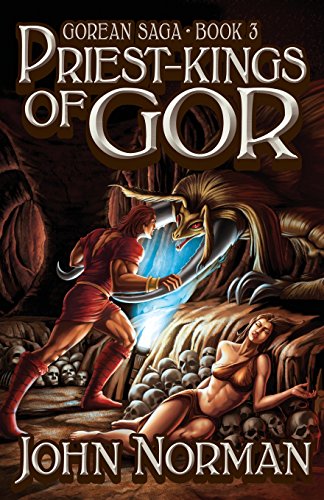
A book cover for Priest-Kings of Gor (Gorean Saga); John Norman; Romance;